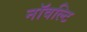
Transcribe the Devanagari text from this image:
नॉवल्टि